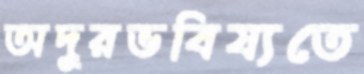
অদূরভবিষ্যতে